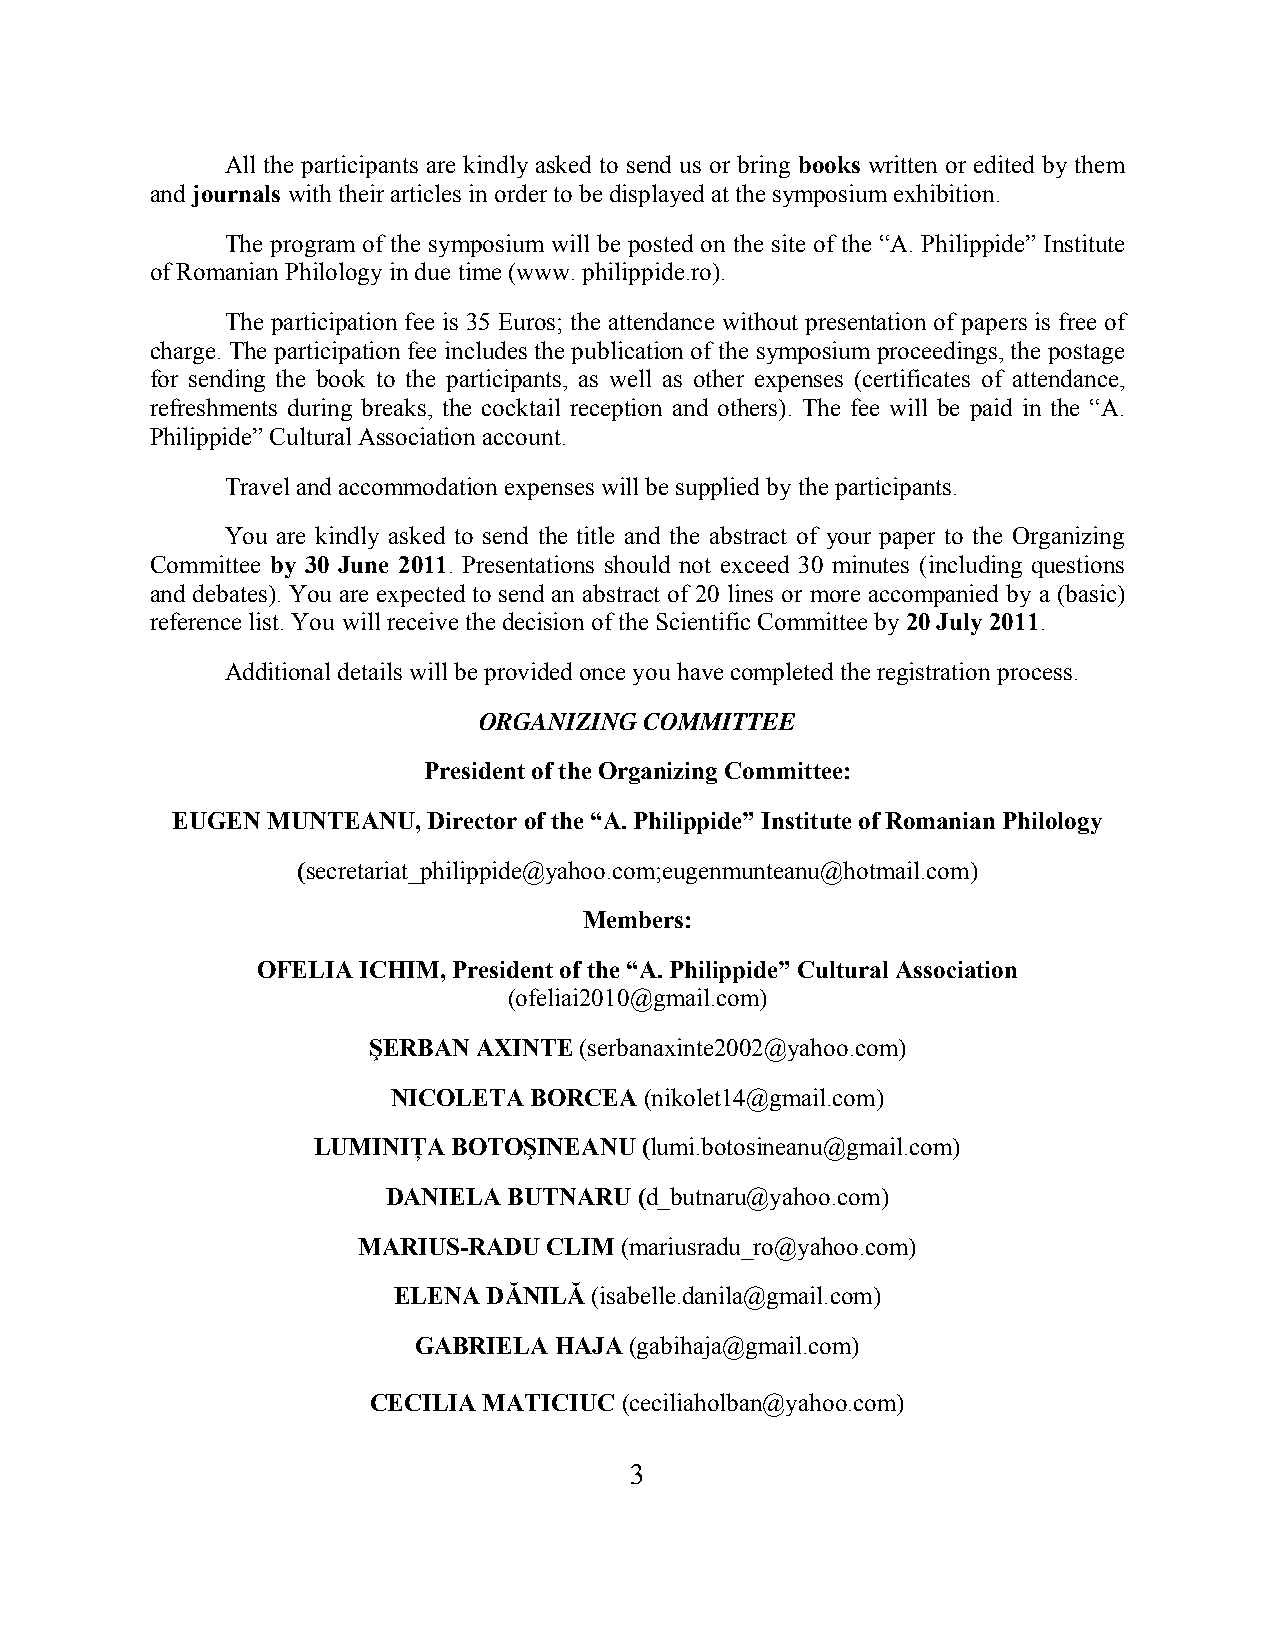
All the participants are kindly asked to send us or bring books written or edited by them
 and journals with their articles in order to be displayed at the symposium exhibition.
 The program of the symposium will be posted on the site of the “A. Philippide” Institute
 of Romanian Philology in due time (www. philippide.ro).
 The participation fee is 35 Euros; the attendance without presentation of papers is free of
 charge. The participation fee includes the publication of the symposium proceedings, the postage
 for sending the book to the participants, as well as other expenses (certificates of attendance,
 refreshments during breaks, the cocktail reception and others). The fee will be paid in the “A.
 Philippide” Cultural Association account.
 Travel and accommodation expenses will be supplied by the participants.
 You are kindly asked to send the title and the abstract of your paper to the Organizing
 Committee by 30 June 2011. Presentations should not exceed 30 minutes (including questions
 and debates). You are expected to send an abstract of 20 lines or more accompanied by a (basic)
 reference list. You will receive the decision of the Scientific Committee by 20 July 2011.
 Additional details will be provided once you have completed the registration process.
 ORGANIZING COMMITTEE
 President of the Organizing Committee:
 EUGEN  MUNTEANU, Director of the “A. Philippide” Institute of Romanian Philology
 (secretariat_philippide@yahoo.com;eugenmunteanu@hotmail.com)
 Members:
 OFELIA ICHIM, President of the “A. Philippide” Cultural Association
 (ofeliai2010@gmail.com)
 ŞERBAN  AXINTE (serbanaxinte2002@yahoo.com)
 NICOLETA BORCEA  (nikolet14@gmail.com)
 LUMINIŢA BOTOŞINEANU (lumi.botosineanu@gmail.com)
 DANIELA BUTNARU (d_butnaru@yahoo.com)
 MARIUS-RADU CLIM (mariusradu_ro@yahoo.com)
 ELENA DĂNILĂ (isabelle.danila@gmail.com)
 GABRIELA  HAJA (gabihaja@gmail.com)
 CECILIA MATICIUC (ceciliaholban@yahoo.com)
 3